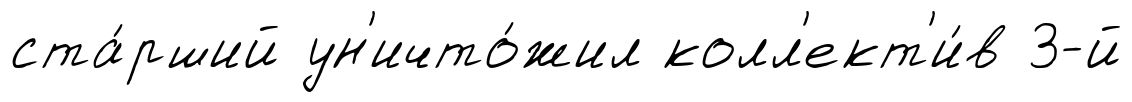
ста́рший ун'ичто́жил колл'ект'и́в 3-й